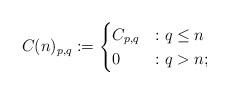
LaTeX: \begin{align*} C(n)_{p,q}:= \begin{cases} C_{p,q}&: q\leq n\\ 0&:q> n; \end{cases} \end{align*}